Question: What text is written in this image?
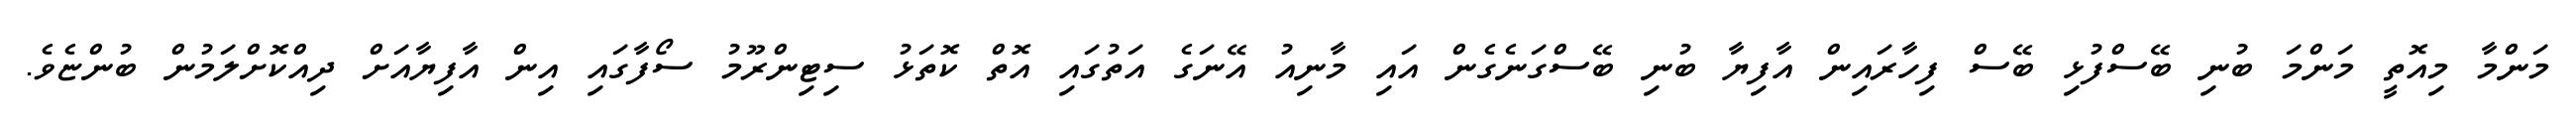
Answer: މަންމާ މިއޮތީ މަންމަ ބުނި ބޭސްފުޅި ބޭސް ފިހާރައިން އާފިޔާ ބުނި ބޭސްގަނެގެން އައި މާނިއު އޭނަގެ އަތުގައި އޮތް ކޮތަޅު ސިޓިންރޫމު ސޯފާގައި އިން އާފިޔާއަށް ދިއްކޮށްލަމުން ބުންޏެވެ.